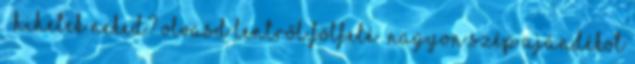
– Hihetek neked? Olvasd lentről fölfelé „Nagyon szép ajándékot